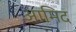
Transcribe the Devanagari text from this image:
आमिद